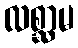
လစ္ဆာမ